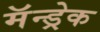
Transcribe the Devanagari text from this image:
मॅन्ड्रेक